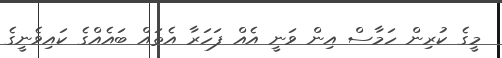
މީގެ ކުރިން ހަމާސް އިން ވަނީ އެއް ފަހަރާ އެތައް ބައެއްގެ ކައިވެނީގެ